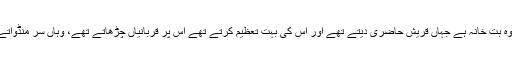
حضرت اُمِّ اَیْمَنْ رضی اللہ عنہا بیان کرتی ہیں کہ ’’ بُوَانہ‘‘، وہ بت خانہ ہے جہاں قریش حاضری دیتے تھے اور اس کی بہت تعظیم کرتے تھے اس پر قربانیاں چڑھاتے تھے، وہاں سر منڈواتے تھے اور ہر سال ایک دن کا رات تک اعتکاف کرتے تھے۔